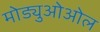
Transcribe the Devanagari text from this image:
मोड्युओओल